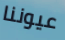
عيوننا